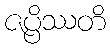
ဇပ္ပိဿတိ